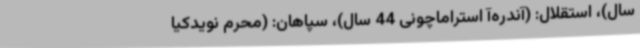
سال)، استقلال: (آندره‌آ استراماچونی 44 سال)، سپاهان: (محرم نویدکیا